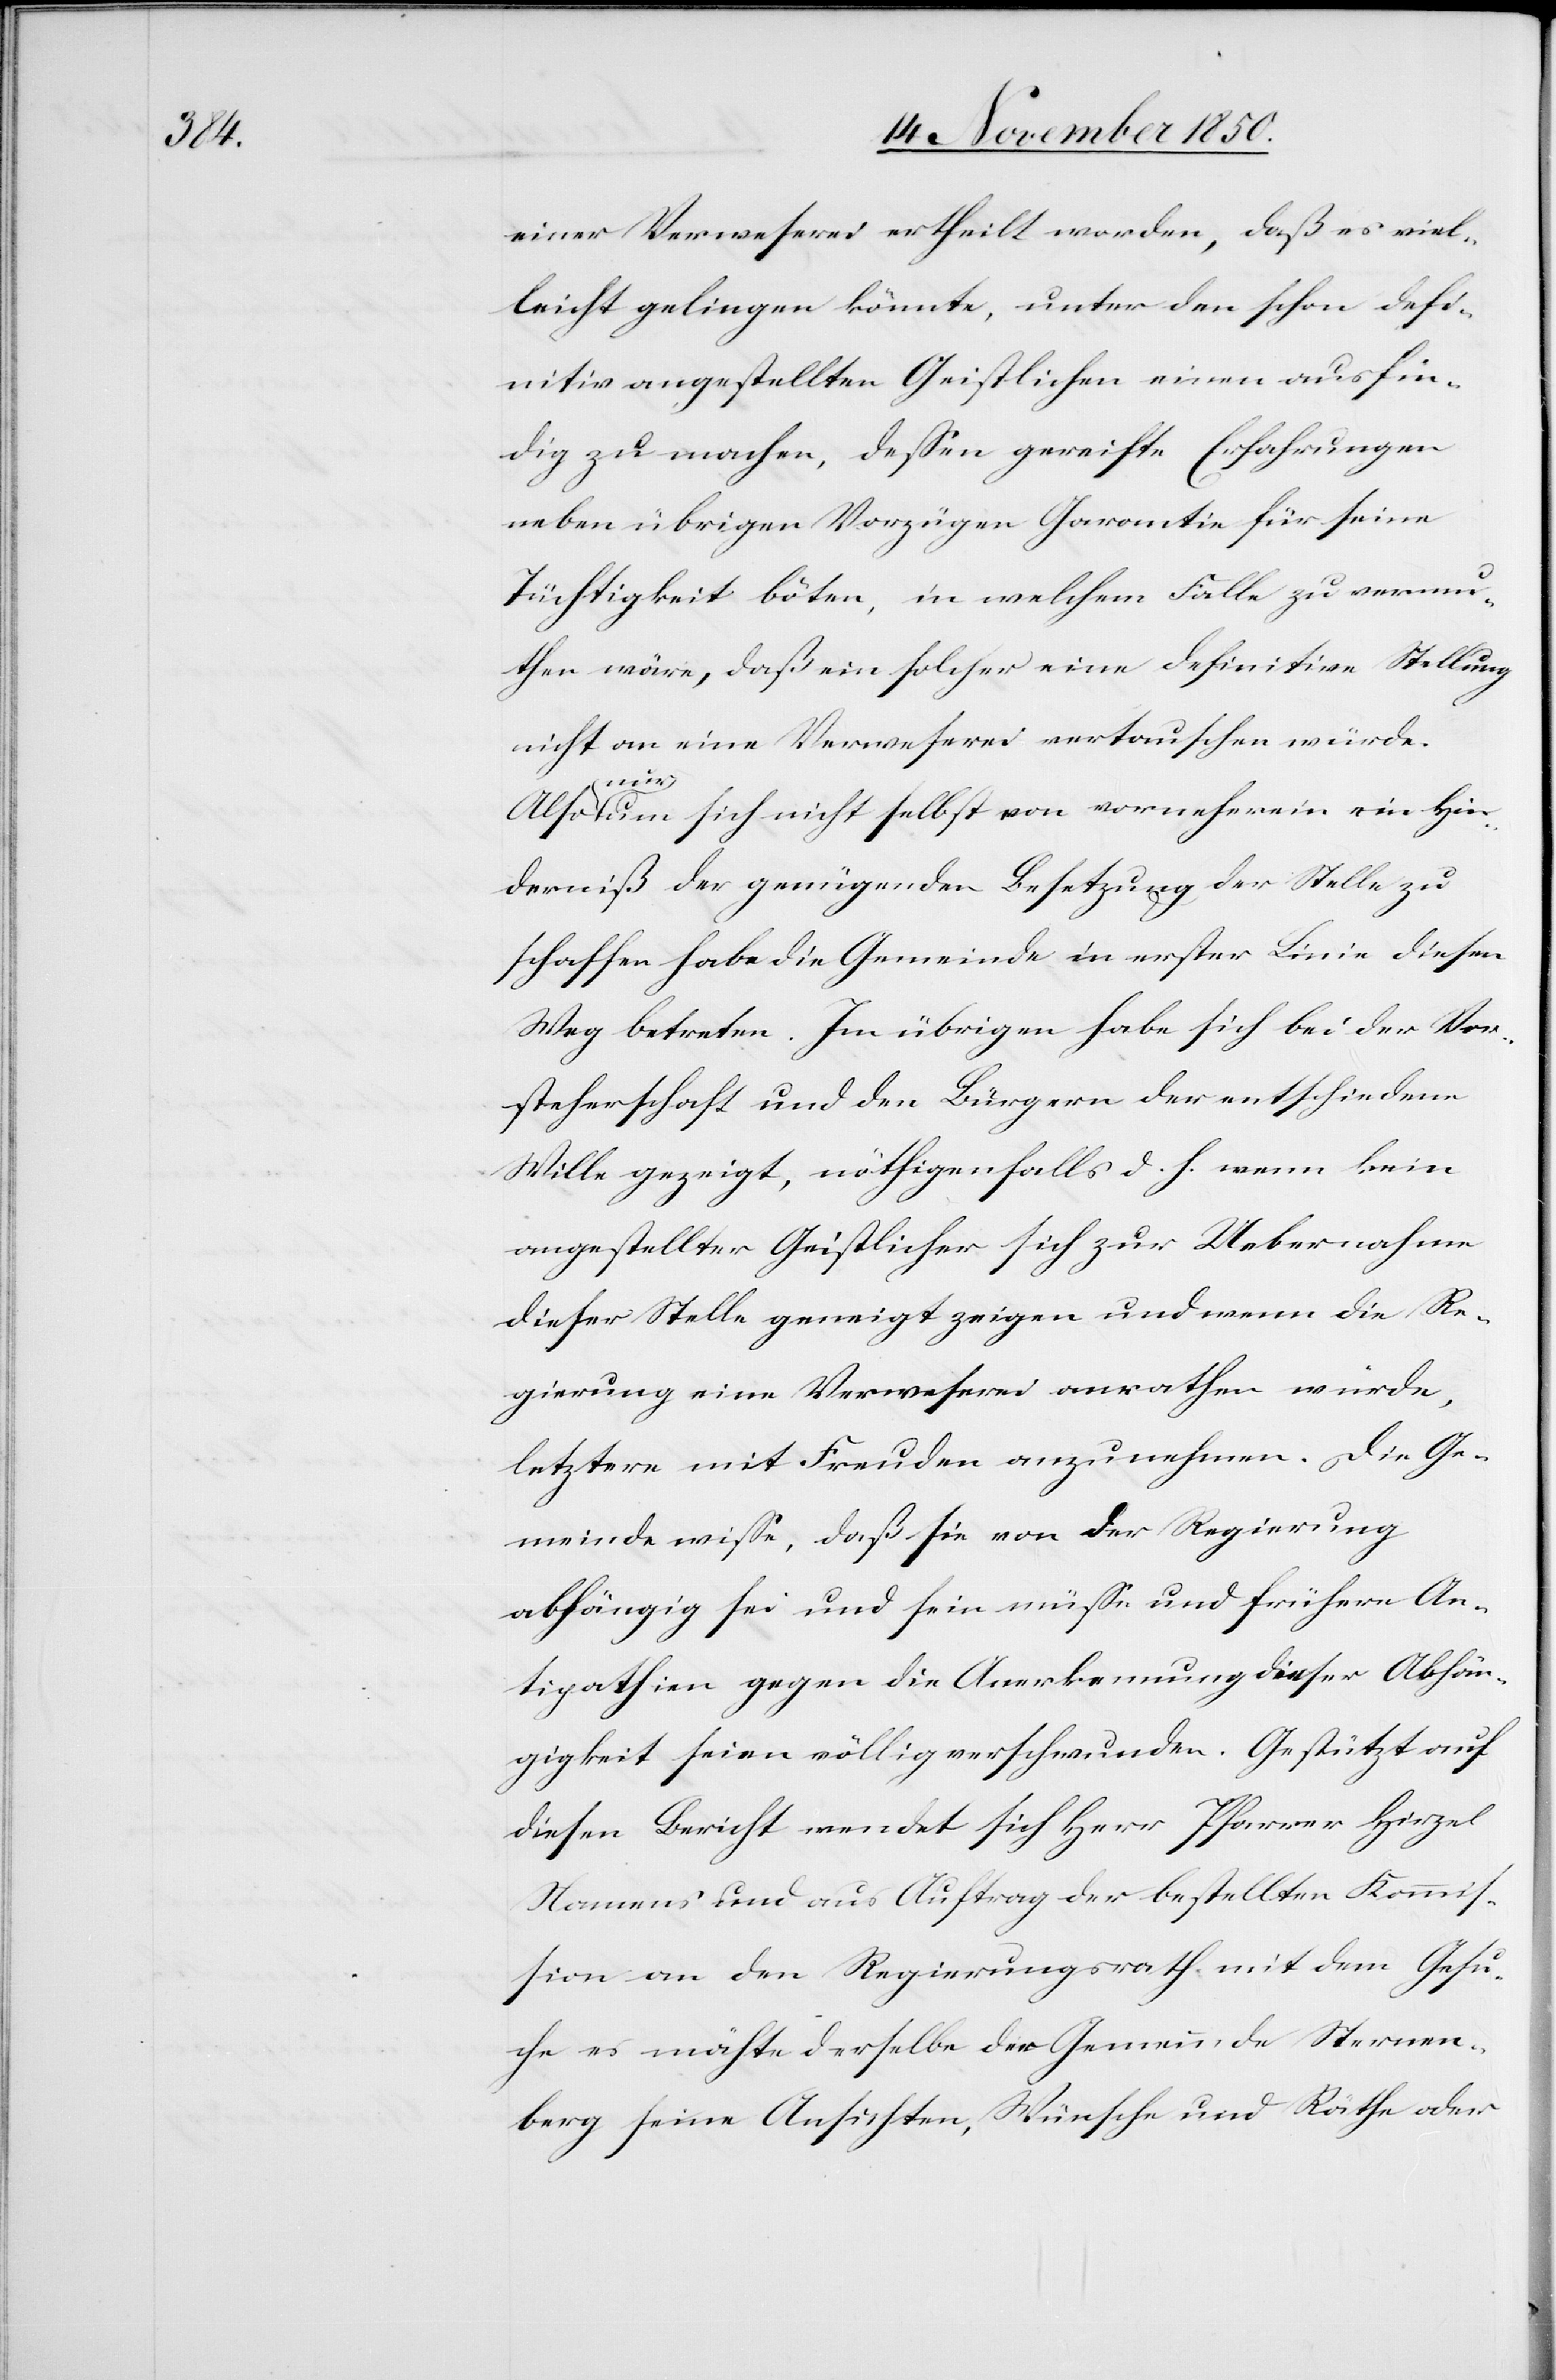
einer Verweserei ertheilt worden, daß es viel¬
leicht gelingen könnte, unter den schon defi¬
nitiv angestellten Geistlichen einen ausfin¬
dig zu machen, dessen gereifte Erfahrungen
neben übrigen Vorzügen Garantie für seine
Tüchtigkeit böten, in welchem Falle zu vermu¬
then wäre, daß ein solcher eine definitive Stellung
nicht an eine Verweserei vertauschen würde.
[re¬
Also nur um sich nicht selbst von vorneherein ein Hin¬
derniß der genügenden Besetzung der Stelle zu
schaffen habe die Gemeinde in erster Linie diesen
Weg betreten. Im übrigen habe sich bei der Vor¬
steherschaft und den Bürgern der entschiedene
Wille gezeigt, nöthigenfalls d. h. wenn kein
angestellter Geistlicher sich zur Uebernahme
dieser Stelle geneigt zeigen und wenn die Re¬
gierung eine Verweserei anrathen würde,
letztere mit Freuden anzunehmen. Die Ge¬
meinde wisse, daß sie von der Regierung
abhängig sei und sein müsse und frühere An¬
tipathien gegen die Anerkennung dieser Abhän¬
gigkeit seien völlig verschwunden. Gestützt auf
diesen Bericht wendet sich Herr Pfarrer Hirzel
Namens und aus Auftrag der bestellten Kommis¬
sion an den Regierungsrath mit dem Gesu¬
chte: möchte] derselbe der Gemeinde Sternen¬
berg seine Ansichten, Wünsche und Räthe oder